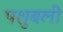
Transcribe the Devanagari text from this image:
पशुबली